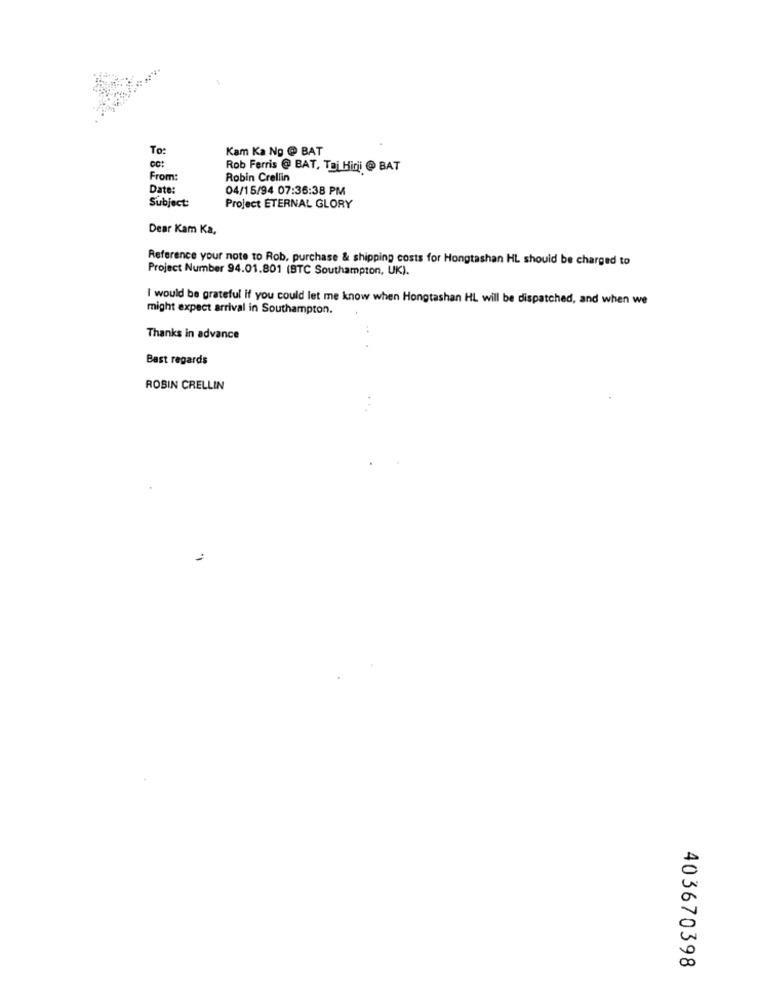
To:
Kam Ka No @ BAT
Rob Ferris @ BAT, Tai Hiri @ BAT
From
Robin Crellin
Date:
04/15/94 07:36:38 PM
Subject:
Project ETERNAL GLORY
Dear Kam Ka,
Reference your note to Rob, purchase & shipping costs for Hongtashan HL should be charged to
Project Number 94.01.801 (BTC Southampton, UK).
I would be grateful if you could let me know when Hongtashan HL will be dispatched, and when we
might expect arrival in Southampton.
Thanks in advance
Best regards
ROBIN CRELLIN
403670398